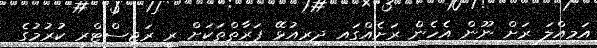
އަމިއްލަ ރަށް ނޫން އެހެން ރަށެއްގައި ދިރިއުޅޭ ފަރާތްތަކަށް ރީ ރަޖިސްޓްރީ ކުރުމުގެ